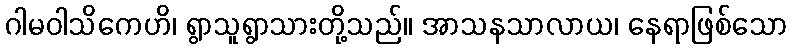
ဂါမဝါသိကေဟိ၊ ရွာသူရွာသားတို့သည်။ အာသနသာလာယ၊ နေရာဖြစ်သော